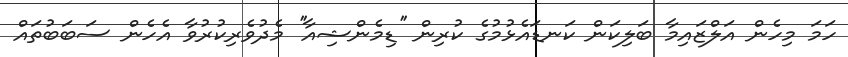
ހަމަ މިހެން އަލްޒައިމާ ބަލިކަން ކަނޑައެޅުމުގެ ކުރިން ''ޑިމެންޝިއާ'' މެދުވެރިކުރުވާ އެހެން ސަބަބުތައް